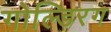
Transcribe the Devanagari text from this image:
गोल्डिरग